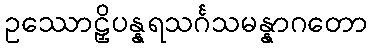
ဥဿောဠှိပန္နရသင်္ဂသမန္နာဂတော